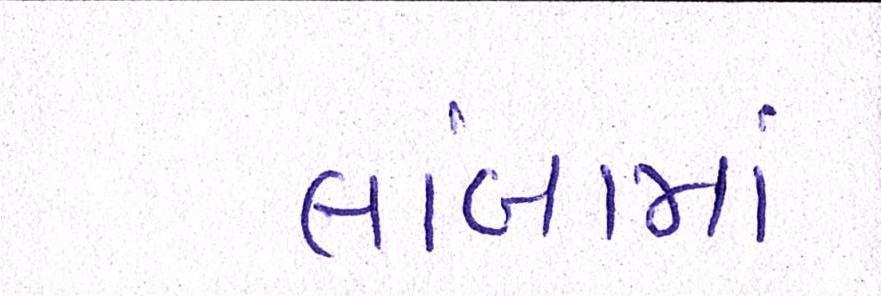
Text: લાંબામાં